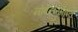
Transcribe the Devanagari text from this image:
नोबेलसोबत